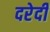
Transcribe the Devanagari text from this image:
दरेदी